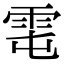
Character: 𩂄